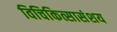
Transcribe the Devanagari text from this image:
विचिकित्सासंशय